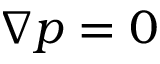
\nabla p = 0